Bréfritari: Ásgeir Tryggvi Friðgeirsson
Viðtakandi: Einar Friðgeirsson
Dagsetning: A-1896-07-20
Skrifað á: Geirseyri  V-Barð.
Ásgeir er bróðir Einars

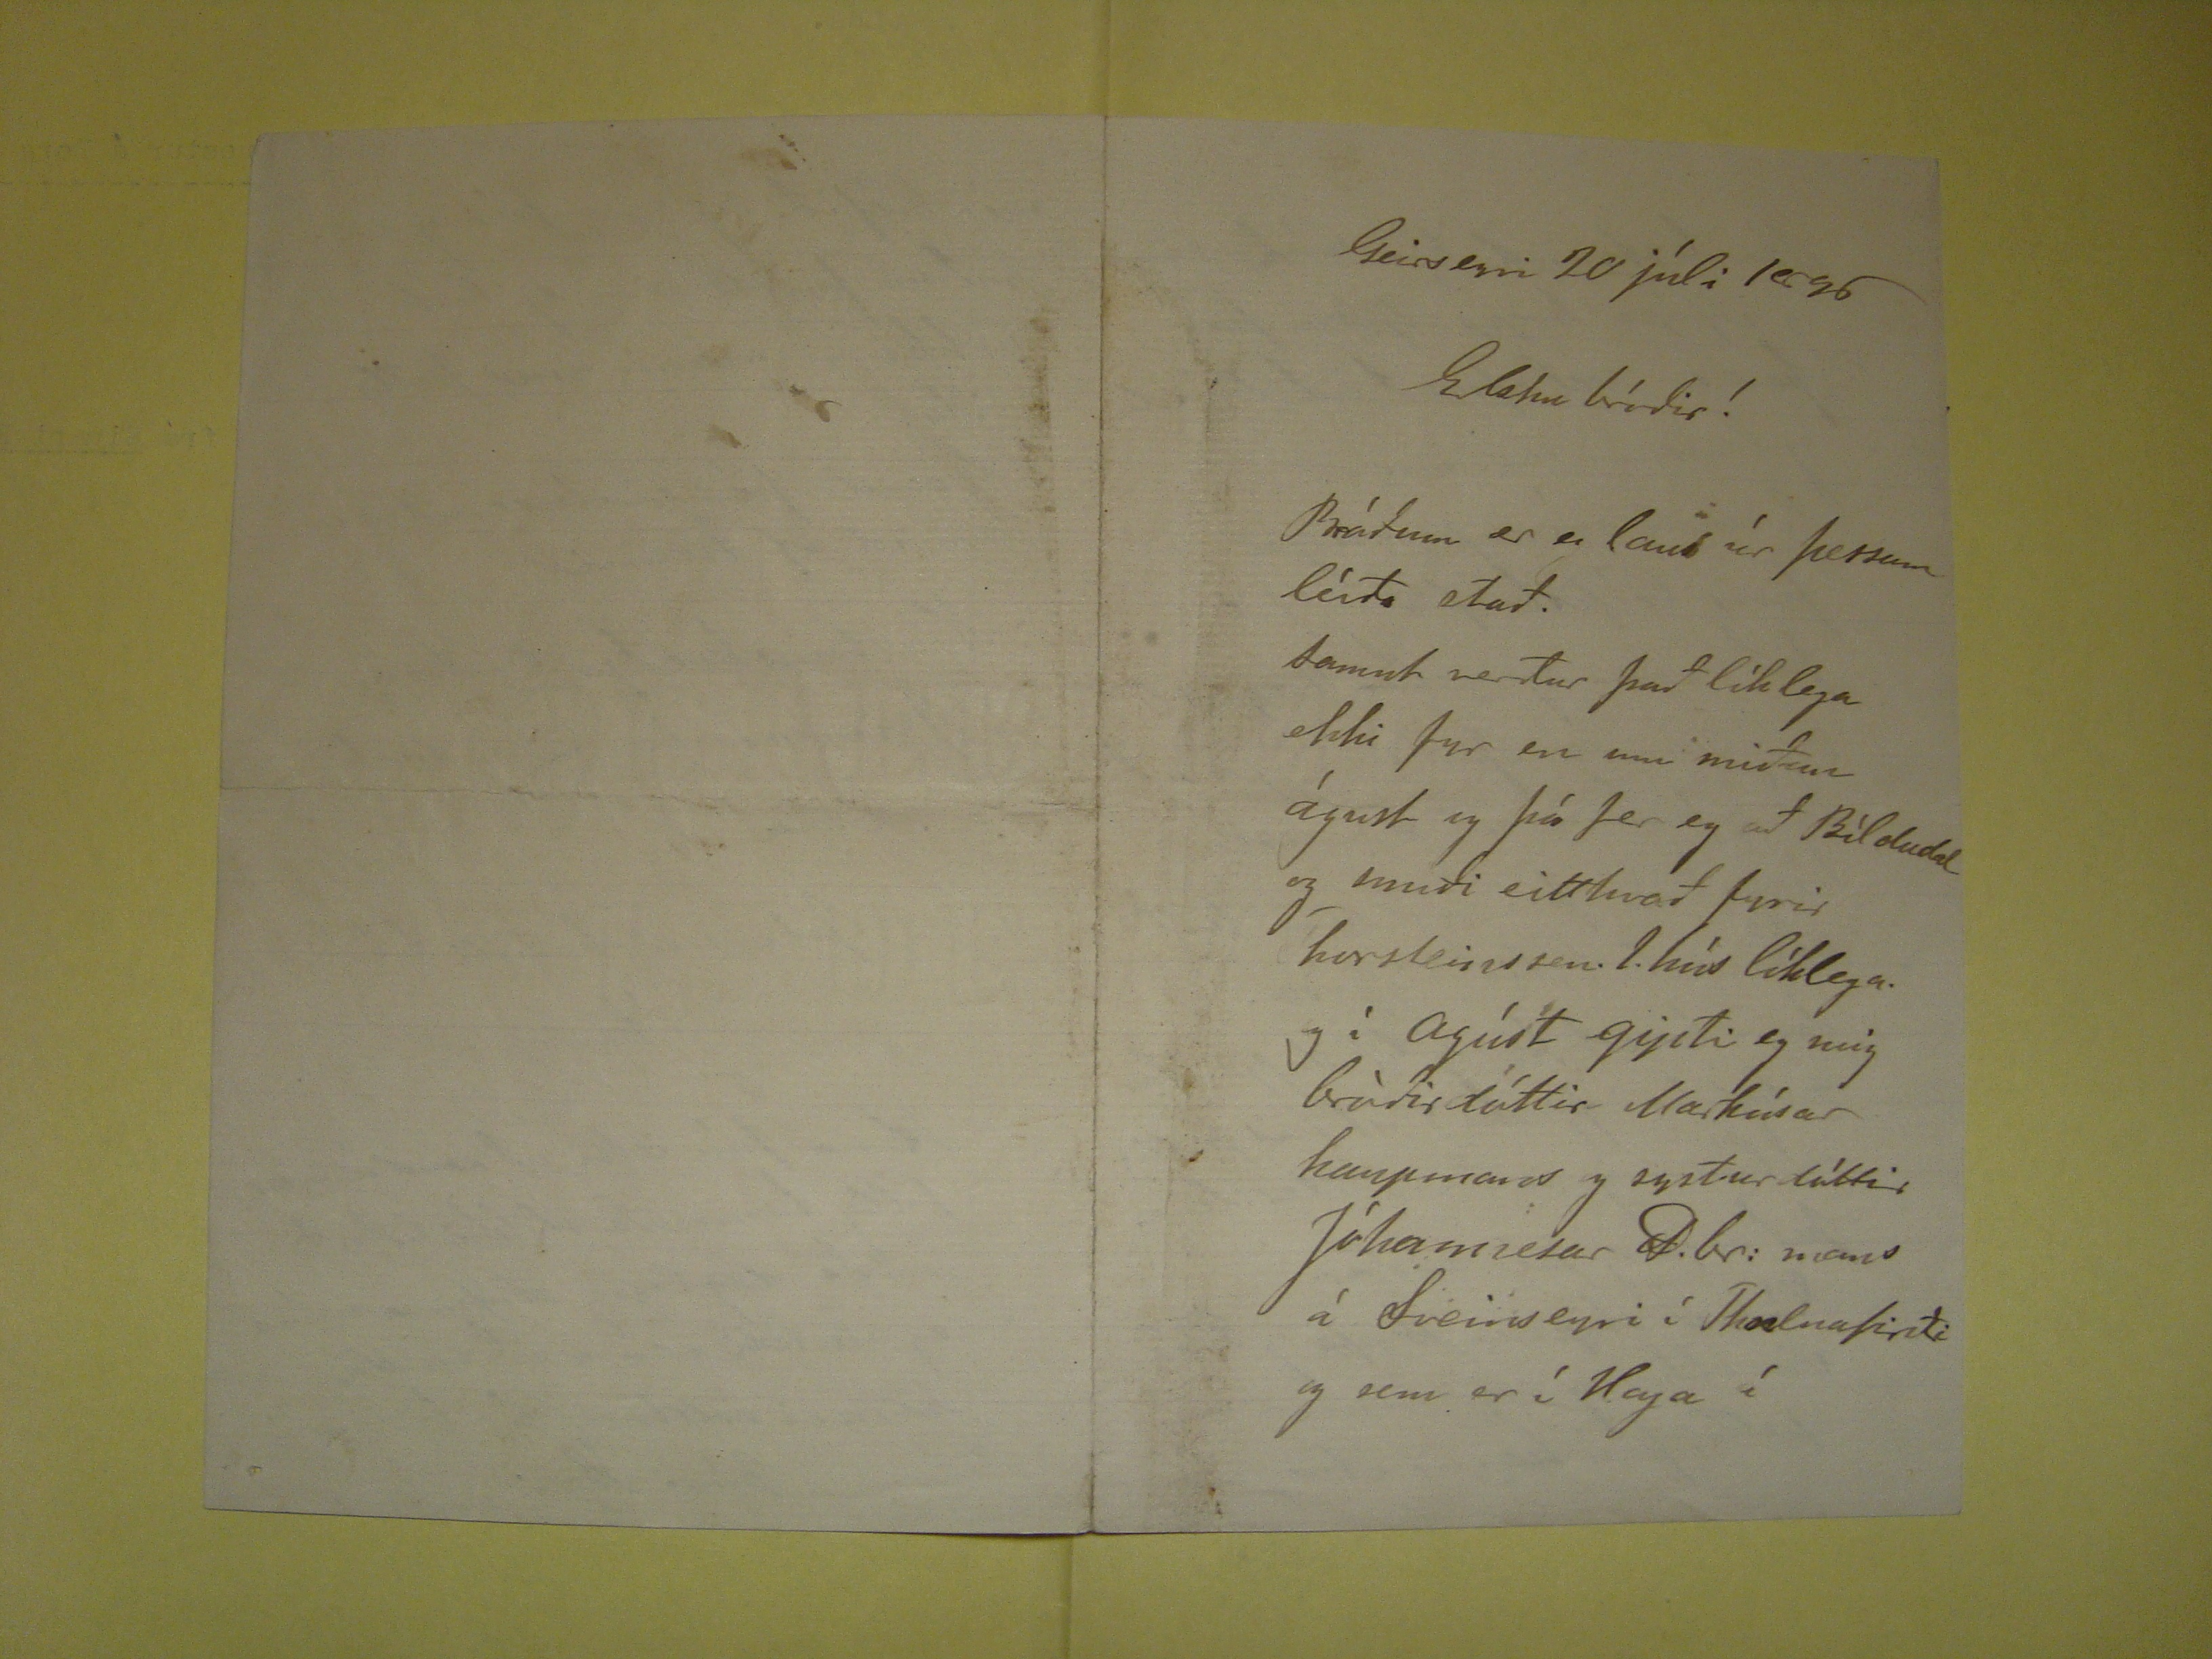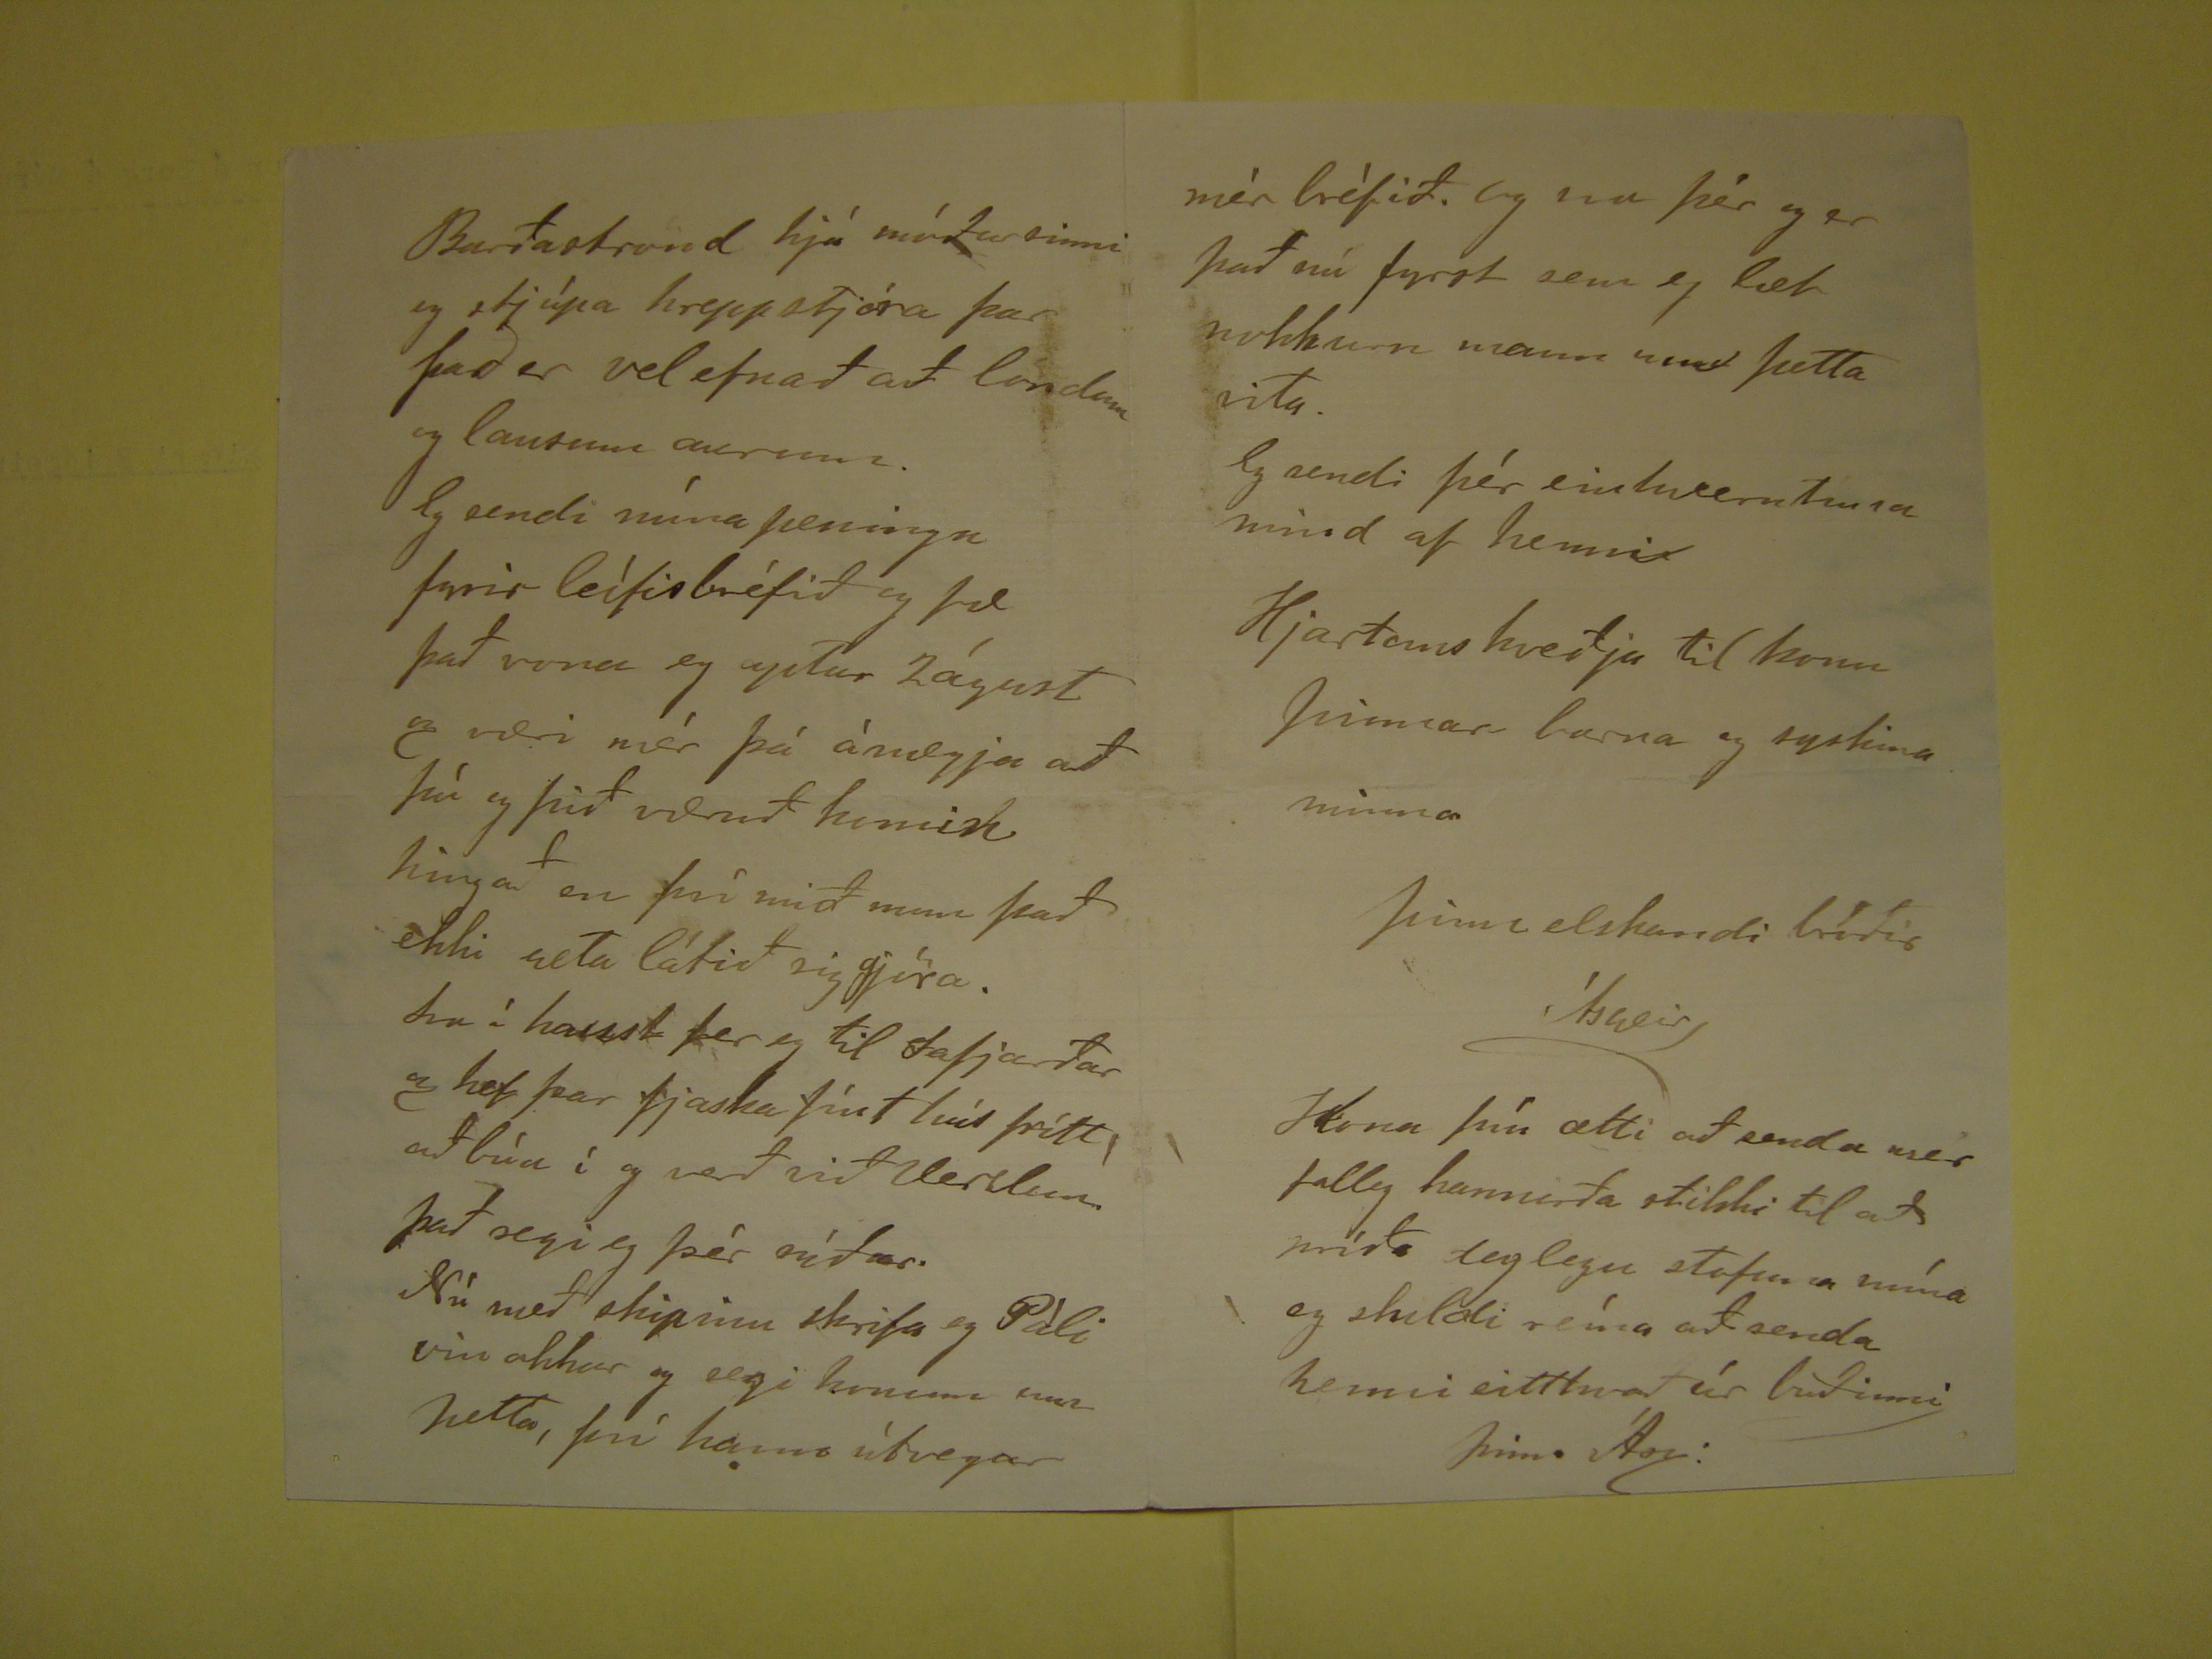

Geirseyri 20 júli 1896
Elsku bróðir!
Bráðum er eg laus úr þessum leíða stað. Samnt verður það líklega ekki fyr en um miðan águst og þá fer eg að Bíldudal og smiði eitthvað fyrir Thorsteinssen.
1. hús líklega. og í Agúst gipti eg mig bróðirdóttir Markúsar kaupmans og systurdóttir Jóhannesar D.br: mans á Sveinseyri í
Thalnafirði
og
sem er í Haga í
Barðastrond hjá móður sinni og stjúpa hreppstjóra þar það er vel efnað að londum og lausum aurum. Eg sendi núna peninga fyrir leífisbréfið og fæ það vona
eg aptur 2 águst og væri mér þá ánægja að þú og þið væruð
komist
hingað en því mið mun það ekki geta látið sig gjöra. Svo í haust fer eg til
Iafjarðar
og hef þar fjaska fínt hús frítt, að búa í og verð við Verslun. það segi eg þér síðar. Nú með skipinu skrifa eg Páli vin okkar og segi
honum um þetta, því hann útvegar
mér bréfið. Og nu þér og er það nú fyrst sem eg læt nokkurn mann um þetta vita. Eg sendi þér einhverntima mind af henni. Hjartans kveðju til konu þinnar barna og
syskina minna
þinn elskandi bróðir
Ásgeir
Kona þín ætti að senda mer falleg hannirða stikki til að sníða daglegu stofuna mína eg skildi rína að senda henni eitthvað úr buðinni
þinn Ásg: